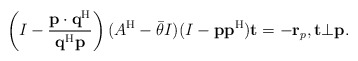
\begin{align*}\left(I-\frac{{\bf p}\cdot{\bf q}^{\rm H}}{{\bf q}^{\rm H}{\bf p}}\right)(A^{\rm H}-\bar{\theta} I)(I-{\bf p}{\bf p}^{\rm H}){\bf t}=-{\bf r}_p,{\bf t}\bot{\bf p}.\end{align*}